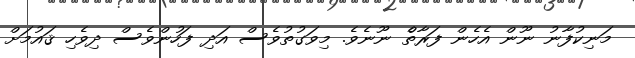
މަނިކުފާނު ނޫން އެހެން ފަރާތެް ނޫނެވެ. މިވަގުތުވެސް އަދި ފަހުންވެސް ދިވެހި ޤައުމަށް